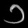
Digit: ၁